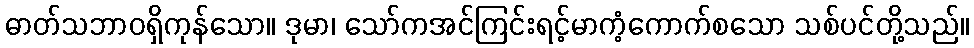
ဓာတ်သဘာဝရှိကုန်သော။ ဒုမာ၊ သော်ကအင်ကြင်းရင့်မာကံ့ကောက်စသော သစ်ပင်တို့သည်။